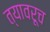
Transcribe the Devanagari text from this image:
त्यावरूच